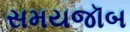
સમયજૉબ